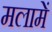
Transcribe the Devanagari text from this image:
मलामें